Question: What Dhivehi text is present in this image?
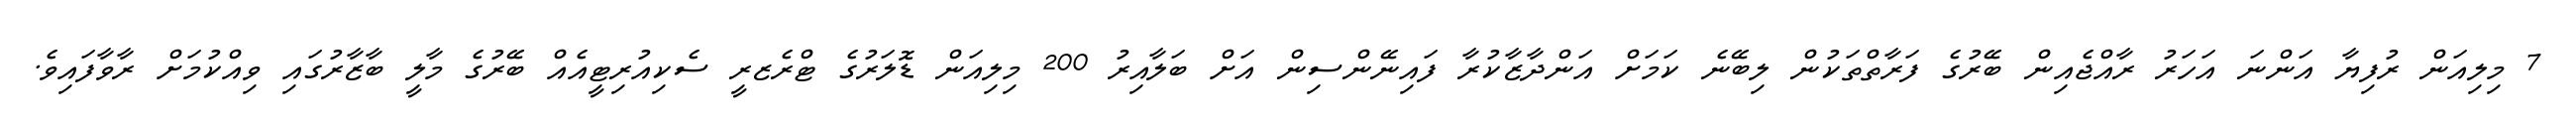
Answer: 7 މިލިއަން ރުފިޔާ އަންނަ އަހަރު ރާއްޖެއިން ބޭރުގެ ފަރާތްތަކުން ލިބޭނެ ކަމަށް އަންދާޒާކުރާ ފައިނޭންސިން އަށް ބަލާއިރު 200 މިލިއަން ޑޮލަރުގެ ޓްރެޒރީ ސެކިއުރިޓީއެއް ބޭރުގެ މާލީ ބާޒާރުގައި ވިއްކުމަށް ރާވާފައިވެ.